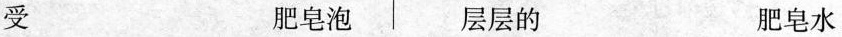
受 肥皂泡 层层的 肥皂水